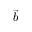
\vec { b }